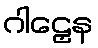
ဂါဠှေန